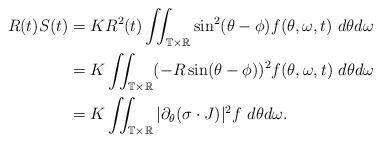
LaTeX: \begin{align*}\begin{aligned} R(t)S(t) &= KR^2(t)\iint_{\mathbb T \times \mathbb R} \sin^{2}(\theta-\phi)f(\theta,\omega,t) ~ d\theta d\omega \\ &= K\iint_{\mathbb T \times \mathbb R} (-R\sin(\theta-\phi))^2 f(\theta,\omega,t) ~ d\theta d\omega \\ &= K\iint_{\mathbb T \times \mathbb R}|\partial_{\theta}(\sigma\cdot J)|^{2}f ~ d\theta d\omega. \end{aligned}\end{align*}